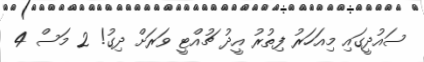
ސައުދީގައި މިއަހަރު ފިތުރު އީދު ޗުއްޓީ ވަރަށް ދިގު! 2 މަސް 4